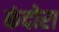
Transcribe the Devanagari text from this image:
कंदोरा